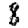
Digit: 8